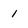
Character: 1